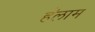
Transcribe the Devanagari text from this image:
हॅलाम